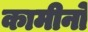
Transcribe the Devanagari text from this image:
कामीनो